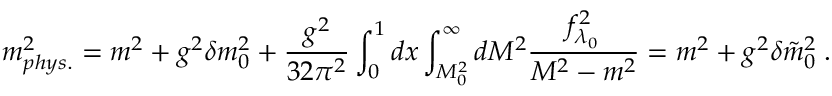
m _ { p h y s . } ^ { 2 } = m ^ { 2 } + g ^ { 2 } \delta m _ { 0 } ^ { 2 } + \frac { g ^ { 2 } } { 3 2 \pi ^ { 2 } } \int _ { 0 } ^ { 1 } d x \int _ { { \cal M } _ { 0 } ^ { 2 } } ^ { \infty } d { \cal M } ^ { 2 } \frac { f _ { \lambda _ { 0 } } ^ { 2 } } { { \cal M } ^ { 2 } - m ^ { 2 } } = m ^ { 2 } + g ^ { 2 } \delta \tilde { m } _ { 0 } ^ { 2 } \; .